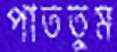
পাততুম